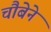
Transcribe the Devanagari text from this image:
चौबेने